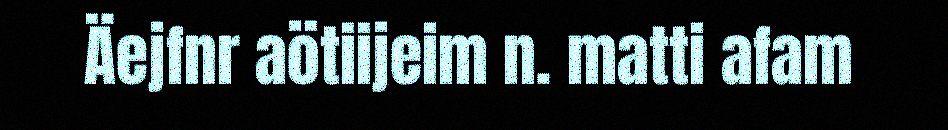
Äejfnr aötiijeim n. matti afam